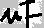
Text: µF